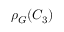
\rho _ { G } ^ { \bf \Gamma } ( C _ { 3 } )